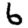
Digit: 6